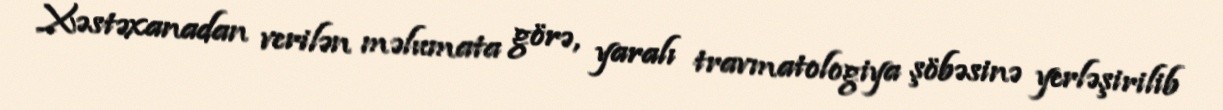
Xəstəxanadan verilən məlumata görə, yaralı travmatologiya şöbəsinə yerləşirilib